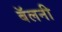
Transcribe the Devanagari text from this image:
बॅलनी